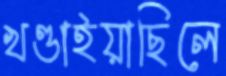
খণ্ডাইয়াছিলে